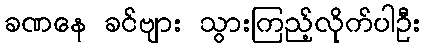
ခဏနေ ခင်ဗျား သွားကြည့်လိုက်ပါဦး